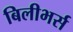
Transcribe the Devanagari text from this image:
बिलीभर्स